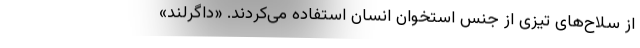
از سلاح‌های تیزی از جنس استخوان انسان استفاده می‌کردند. «داگرلند»